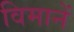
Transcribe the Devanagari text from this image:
विमानें